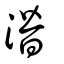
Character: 潛